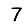
Digit: 7